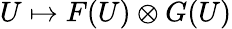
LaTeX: U\mapsto F(U)\otimes G(U)